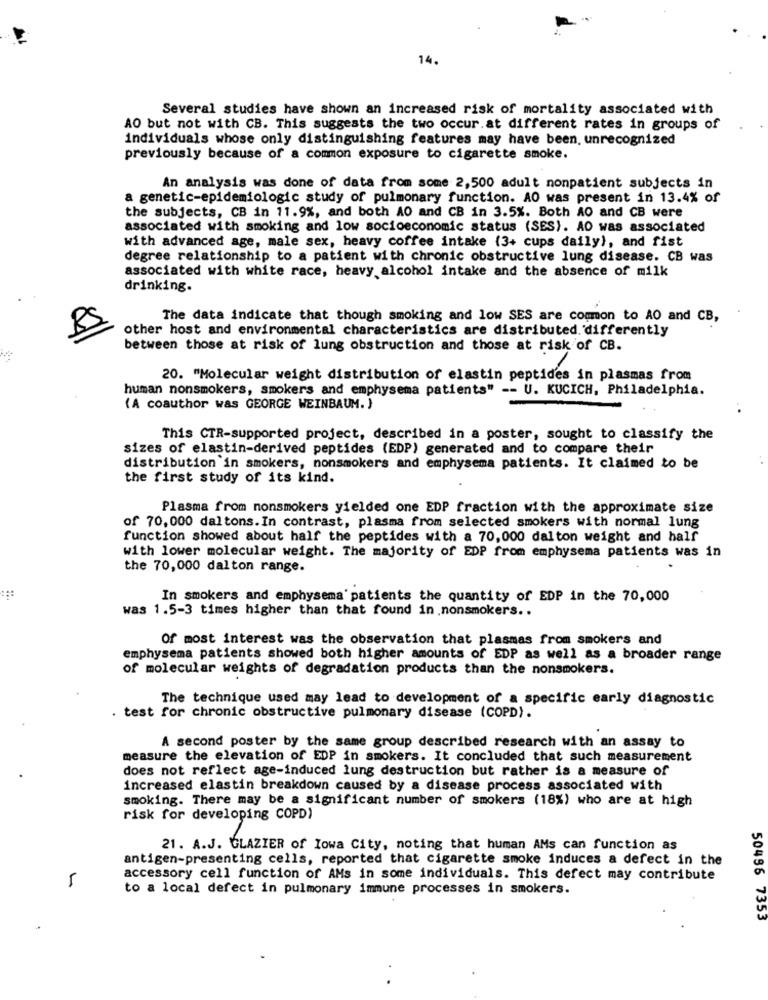
14.
Several studies have shown an increased risk of mortality associated with
AO but not with CB. This suggests the two occur.at different rates in groups of
individuals whose only distinguishing features may have been, unrecognized
previously because of a common exposure to cigarette smoke.
An analysis was done of data from some 2,500 adult nonpatient subjects in
a genetic-epidemiologic study of pulmonary function. AO was present in 13.4% of
the subjects, CB in 11.9%, and both AO and CB in 3.5%. Both AO and CB were
associated with smoking and low socioeconomic status (SES). AO was associated
with advanced age, male sex, heavy coffee intake (3+ cups daily), and fist
degree relationship to a patient with chronic obstructive lung disease. CB was
associated with white race, heavy alcohol intake and the absence of milk
drinking.
The data indicate that though smoking and low SES are common to AO and CB,
other host and environmental characteristics are distributed. differently
between those at risk of lung obstruction and those at risk of CB.
20. "Molecular weight distribution of elastin peptides in plasmas from
human nonsmokers, smokers and emphysema patients" -- U. KUCICH, Philadelphia.
(A coauthor was GEORGE WEINBAUM. )
This CTR-supported project, described in a poster, sought to classify the
sizes of elastin-derived peptides (EDP) generated and to compare their
distribution in smokers, nonsmokers and emphysema patients. It claimed to be
the first study of its kind.
Plasma from nonsmokers yielded one EDP fraction with the approximate size
of 70, 000 daltons.In contrast, plasma from selected smokers with normal lung
function showed about half the peptides with a 70,000 dalton weight and half
with lower molecular weight. The majority of EDP from emphysema patients was in
the 70,000 dalton range.
In smokers and emphysema' patients the quantity of EDP in the 70,000
was 1.5-3 times higher than that found in .nonsmokers ..
Of most interest was the observation that plasmas from smokers and
emphysema patients showed both higher amounts of EDP as well as a broader range
of molecular weights of degradation products than the nonsmokers.
The technique used may lead to development of a specific early diagnostic
test for chronic obstructive pulmonary disease (COPD).
A second poster by the same group described research with an assay to
measure the elevation of EDP in smokers. It concluded that such measurement
does not reflect age-induced lung destruction but rather is a measure of
increased elastin breakdown caused by a disease process associated with
smoking. There may be a significant number of smokers (18%) who are at high
risk for developing COPD)
21. A.J. GLAZIER of Iowa City, noting that human AMs can function as
antigen-presenting cells, reported that cigarette smoke induces a defect in the
accessory cell function of AMs in some individuals. This defect may contribute
to a local defect in pulmonary immune processes in smokers.
50486 7353
.